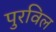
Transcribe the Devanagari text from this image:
पुरविल